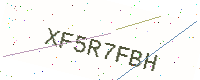
Text: XF5R7FBH